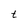
Character: t